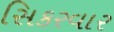
સિકરવાર